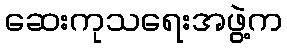
ဆေးကုသရေးအဖွဲ့က